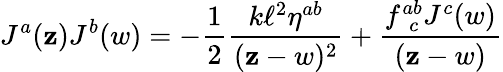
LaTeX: J^{a}(\mathbf{z})J^{b}(w)=-\frac{{1}}{{2}}\frac{{k\ell^{2}\eta^{ab}}}{{(\mathbf{z}-w)^{2}}}+\frac{{f_{~~c}^{ab}J^{c}(w)}}{{(\mathbf{z}-w)}}